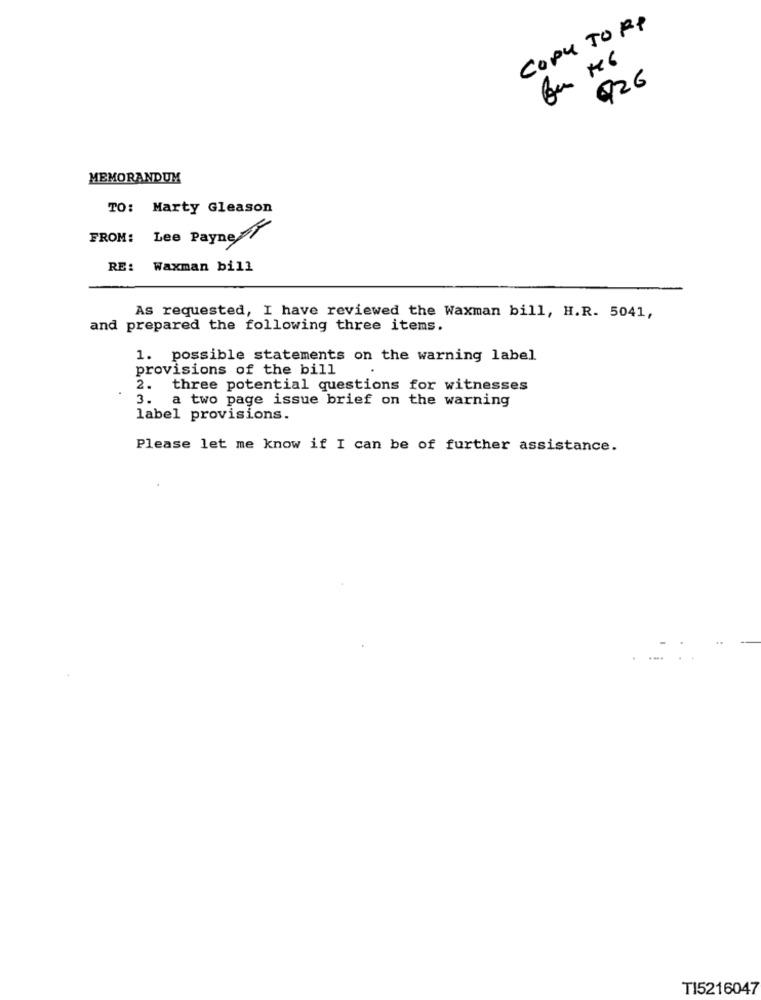
Copy TO RP
926
MEMORANDUM
TO:
Marty Gleason
FROM: Lee Payne A
RE: Waxman bill
As requested, I have reviewed the Waxman bill, H.R. 5041,
and prepared the following three items.
1. possible statements on the warning label
provisions of the bill
2. three potential questions for witnesses
3. a two page issue brief on the warning
label provisions.
Please let me know if I can be of further assistance.
TI5216047